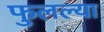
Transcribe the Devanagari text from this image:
फुलल्या